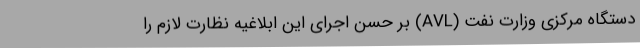
دستگاه مرکزی وزارت نفت (AVL) بر حسن اجرای این ابلاغیه نظارت لازم را